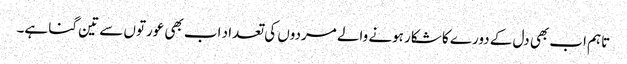
تاہم اب بھی دل کے دورے کا شکار ہونے والے مردوں کی تعداد اب بھی عورتوں سے تین گنا ہے۔